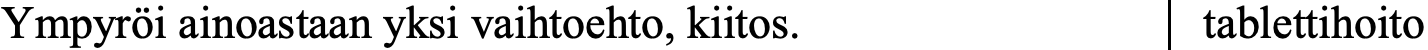
Ympyröi ainoastaan yksi vaihtoehto, kiitos. tablettihoito